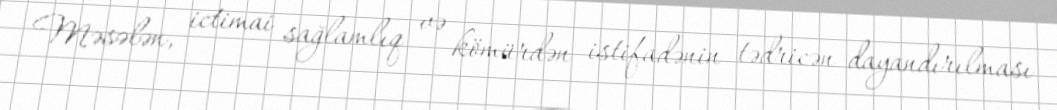
Məsələn, ictimai sağlamlıq və kömürdən istifadənin tədricən dayandırılması